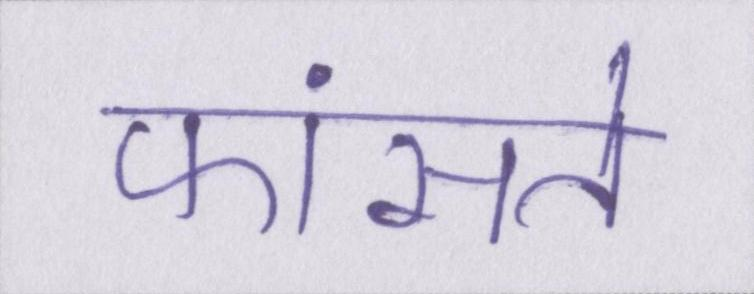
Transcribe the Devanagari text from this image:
फांसते